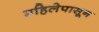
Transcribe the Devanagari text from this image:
महिलेपासून